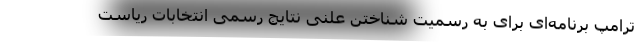
ترامپ برنامه‌ای برای به رسمیت شناختن علنی نتایج رسمی انتخابات ریاست